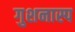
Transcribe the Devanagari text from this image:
गुशनास्प